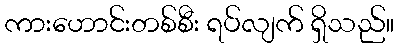
ကားဟောင်းတစ်စီး ရပ်လျက် ရှိသည်။